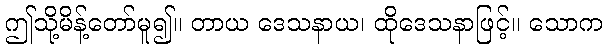
ဤသို့မိန့်တော်မူ၍။ တာယ ဒေသနာယ၊ ထိုဒေသနာဖြင့်။ သောက